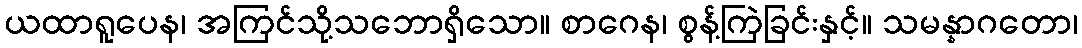
ယထာရူပေန၊ အကြင်သို့သဘောရှိသော။ စာဂေန၊ စွန့်ကြဲခြင်းနှင့်။ သမန္နာဂတော၊